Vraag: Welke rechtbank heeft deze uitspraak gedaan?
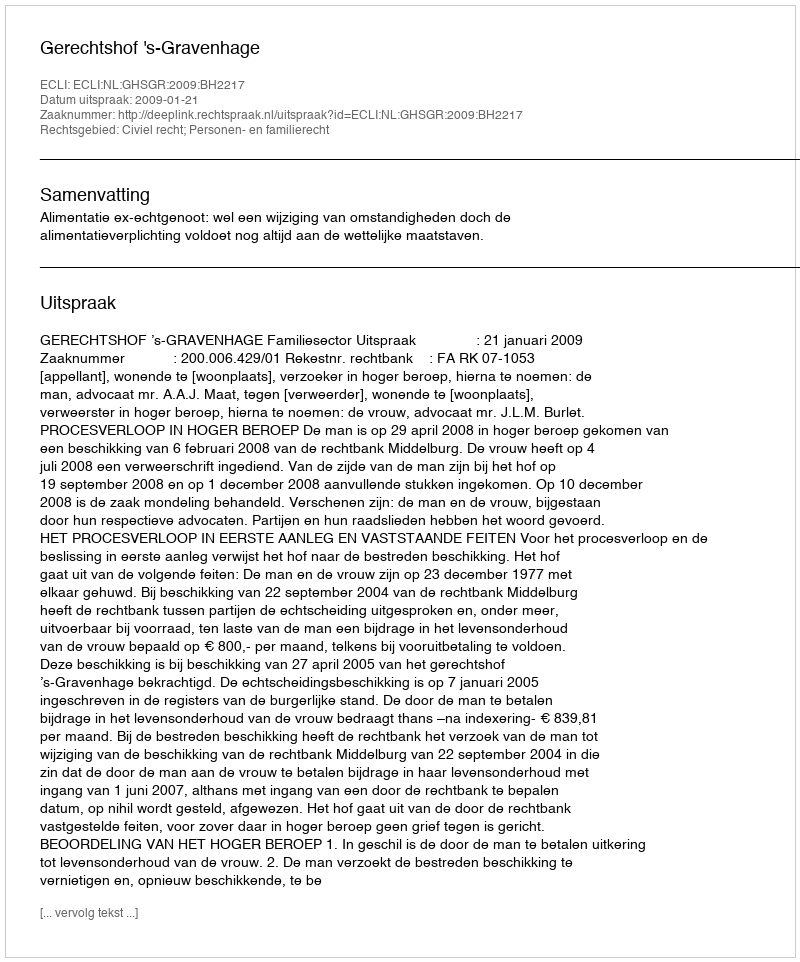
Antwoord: Gerechtshof 's-Gravenhage